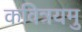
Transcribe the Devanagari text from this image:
कवित्रयमु